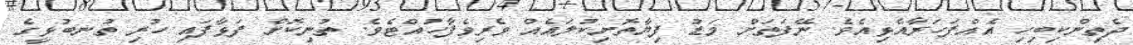
ދެތިންކިބިހި އެއްފަހަރާއެޅިއެވެ. ނޭފަތަށް މަޑު ފިޔާތޮށިކުލައެއް ވެރިވެފާހުއްޓެވެ. ތުނިކޮށް ފަޅާފައި ހުރި ތުނބުޅީގެ